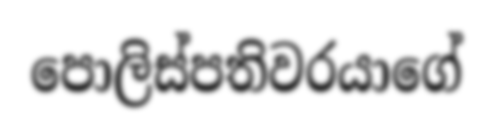
පොලිස්පතිවරයාගේ